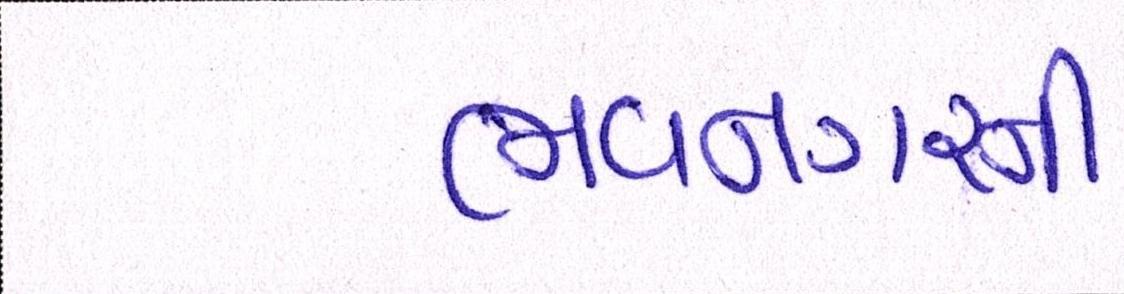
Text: ભાવનગરની